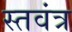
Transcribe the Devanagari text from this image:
स्तवंत्र